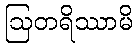
ဩတရိဿာမိ